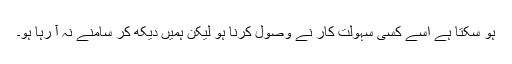
ہو سکتا ہے اسے کسی سہولت کار نے وصول کرنا ہو لیکن ہمیں دیکھ کر سامنے نہ آ رہا ہو۔